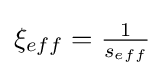
\xi _{eff}={\tfrac {1}{s_{eff}}}